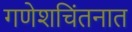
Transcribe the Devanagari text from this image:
गणेशचिंतनात